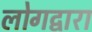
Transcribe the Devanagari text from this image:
लोगद्वारा